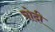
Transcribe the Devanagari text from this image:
चोदी